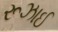
રૂઝાઈ